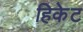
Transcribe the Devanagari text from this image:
हिकेट